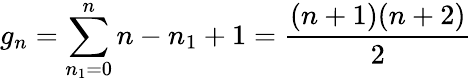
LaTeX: g_{n}=\sum_{n_{1}=0}^{n}n-n_{1}+1={\frac{(n+1)(n+2)}{2}}